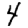
Digit: 4